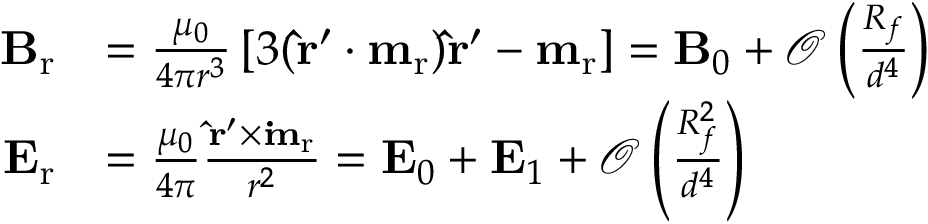
\begin{array} { r l } { \mathbf { B } _ { \mathrm { r } } } & { = \frac { \mu _ { 0 } } { 4 \pi r ^ { 3 } } \left[ 3 ( \mathbf { \hat { r } ^ { \prime } } \boldsymbol { \cdot } \mathbf { m } _ { \mathrm { r } } ) \mathbf { \hat { r } ^ { \prime } } - \mathbf { m } _ { \mathrm { r } } \right] = \mathbf { B } _ { 0 } + \mathcal { O } \left( \frac { R _ { f } } { d ^ { 4 } } \right) } \\ { \mathbf { E } _ { \mathrm { r } } } & { = \frac { \mu _ { 0 } } { 4 \pi } \frac { \mathbf { \hat { r } ^ { \prime } } \times \mathbf { \dot { m } _ { \mathrm { r } } } } { r ^ { 2 } } = \mathbf { E } _ { 0 } + \mathbf { E } _ { 1 } + \mathcal { O } \left( \frac { R _ { f } ^ { 2 } } { d ^ { 4 } } \right) } \end{array}